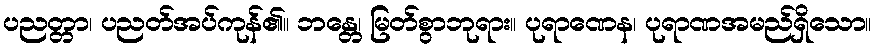
ပညတ္တာ၊ ပညတ်အပ်ကုန်၏။ ဘန္တေ၊ မြတ်စွာဘုရား။ ပုရာဏေန၊ ပုရာဏအမည်ရှိသော။